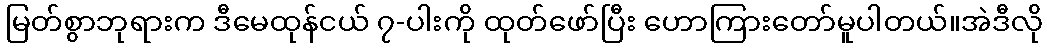
မြတ်စွာဘုရားက ဒီမေထုန်ငယ် ၇-ပါးကို ထုတ်ဖော်ပြီး ဟောကြားတော်မူပါတယ်။အဲဒီလို